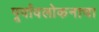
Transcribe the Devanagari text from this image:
पूर्वावलोकनाचा